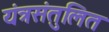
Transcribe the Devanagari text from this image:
यंत्रसंतुलित